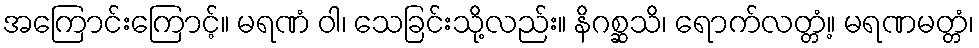
အကြောင်းကြောင့်။ မရဏံ ဝါ၊ သေခြင်းသို့လည်း။ နိဂစ္ဆသိ၊ ရောက်လတ္တံ့။ မရဏမတ္တံ၊